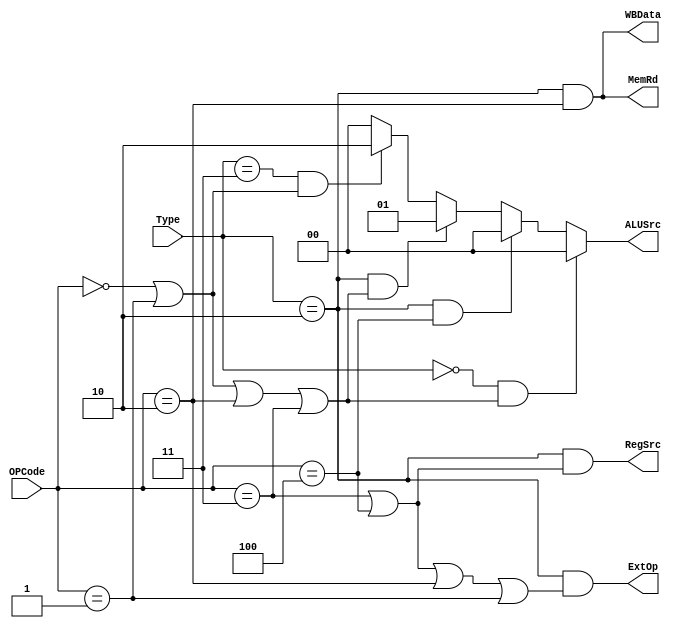
module Main_Control(
    input [1:0] Type,
    input [4:0] OPCode,
    output reg [1:0] ALUSrc,
    output reg RegSrc,
    output reg ExtOp,
    output reg MemRd,
    output reg WBData,
);


    always @(*) begin

        RegSrc <= (Type == 2'b10 && (OPCode == 5'b00011 || OPCode == 5'b00100));  // SW + BEQ
        ExtOp <= (Type == 2'b10) && (OPCode == 5'b00011 || OPCode == 5'b00100 || OPCode == 5'b00010 || OPCode == 5'b00001);  // SW + BEQ + LW + ADDI
        MemRd <= ((Type == 2'b10 && OPCode == 5'b00010));  // LW
        WBData <= ((Type == 2'b10 && OPCode == 5'b00010));  // LW


       ALUSrc <= (Type == 2'b00 && (OPCode == 5'b00000 || OPCode == 5'b00001 || OPCode == 5'b00010 || OPCode == 5'b00011)) ? 2'b00 : //AND, ADD, SUB, CMP
         (Type == 2'b10 && OPCode == 5'b00100) ? 2'b00 : //BEQ
         (Type == 2'b10 && (OPCode == 5'b00000 || OPCode == 5'b00001 || OPCode == 5'b00010 || OPCode == 5'b00011)) ? 2'b01 : //ANDI, ADDI, LW, SW
         (Type == 2'b11 && (OPCode == 5'b00000 || OPCode == 5'b00001)) ? 2'b10 : //SLL, SLR
         (Type == 2'b11 && (OPCode == 5'b00010 || OPCode == 5'b00011)) ? 2'b00 : //SLLV, SLRV
         2'b00; //Default to AND for unsupported OPCode



    end

endmodule